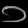
Digit: ၁